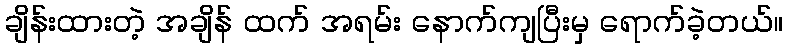
ချိန်းထားတဲ့ အချိန် ထက် အရမ်း နောက်ကျပြီးမှ ရောက်ခဲ့တယ်။